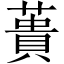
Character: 蕢